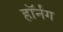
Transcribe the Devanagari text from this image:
हॉर्नंग